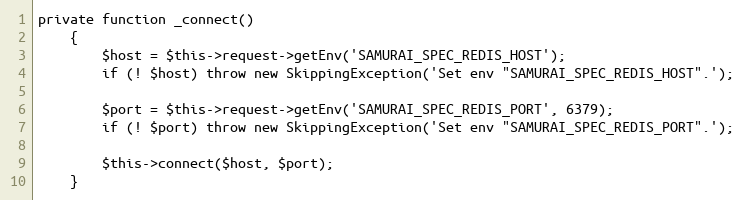
Language: PHP
private function _connect()
    {
        $host = $this->request->getEnv('SAMURAI_SPEC_REDIS_HOST');
        if (! $host) throw new SkippingException('Set env "SAMURAI_SPEC_REDIS_HOST".');

        $port = $this->request->getEnv('SAMURAI_SPEC_REDIS_PORT', 6379);
        if (! $port) throw new SkippingException('Set env "SAMURAI_SPEC_REDIS_PORT".');

        $this->connect($host, $port);
    }